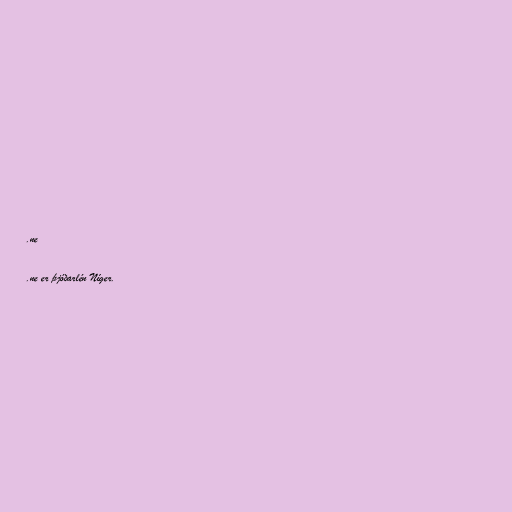
.ne

.ne er þjóðarlén Níger.